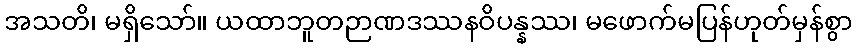
အသတိ၊ မရှိသော်။ ယထာဘူတဉာဏဒဿနဝိပန္နဿ၊ မဖောက်မပြန်ဟုတ်မှန်စွာ